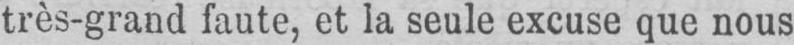
très-grand faute, et la seule excuse que nous